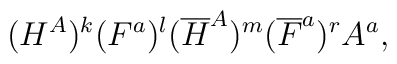
(H^A)^k(F^a)^l ({\overline H}^A)^m({\overline F}^a)^rA^a,